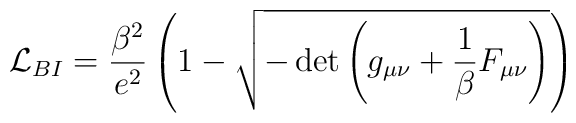
{\cal L}_{{BI}}=\frac{\beta ^2}{e^2}\left( 1 - \sqrt{-\det \left( g_{\mu \nu }+\frac 1\beta F_{\mu \nu }\right) } \right)